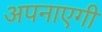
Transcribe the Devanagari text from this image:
अपनाएगी